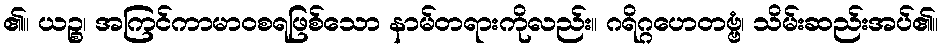
၏။ ယဉ္စ၊ အကြင်ကာမာဝစရဖြစ်သော နာမ်တရားကိုလည်း။ ဂရိဂ္ဂဟေတဗ္ဗံ၊ သိမ်းဆည်းအပ်၏။